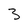
Character: 3